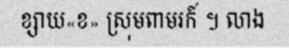
ខ្សាយ«ខ» ស្រុមពាមរក៍ ។ លាង